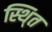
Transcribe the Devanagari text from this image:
स्थि्त